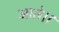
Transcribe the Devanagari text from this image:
आते।।